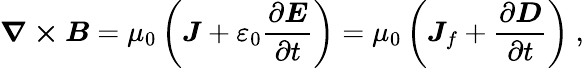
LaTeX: {\boldsymbol{\nabla\times B}}=\mu_{0}\left({\boldsymbol{J}}+\varepsilon_{0}{\frac{\partial{\boldsymbol{E}}}{\partial t}}\right)=\mu_{0}\left({\boldsymbol{J}}_{f}+{\frac{\partial{\boldsymbol{D}}}{\partial t}}\right)\ ,